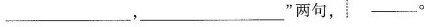
___，___”两句，___。